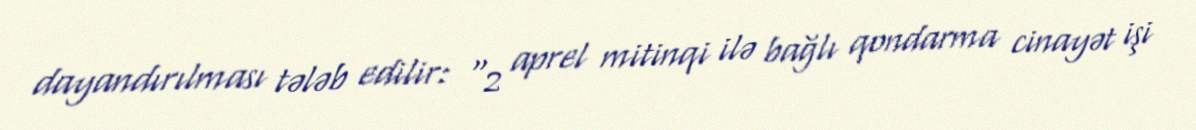
dayandırılması tələb edilir: “2 aprel mitinqi ilə bağlı qondarma cinayət işi